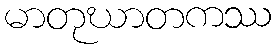
မာတုဃာတကဿ